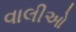
વાલીઓ